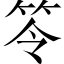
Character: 笭